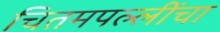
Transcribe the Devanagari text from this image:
चितमपल्लींचा